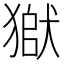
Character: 𤠒